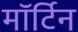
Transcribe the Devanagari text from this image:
मॉर्टिन